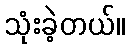
သုံးခဲ့တယ်။